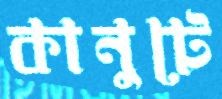
কানুটে